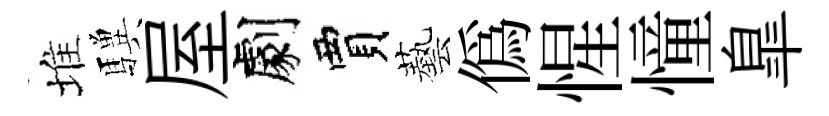
堆驥屋劇賈藝偽惺憧臯